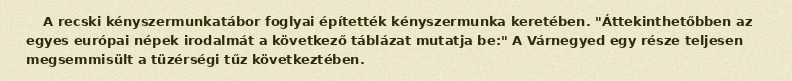
A recski kényszermunkatábor foglyai építették kényszermunka keretében. "Áttekinthetőbben az egyes európai népek irodalmát a következő táblázat mutatja be:" A Várnegyed egy része teljesen megsemmisült a tüzérségi tűz következtében.